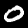
Digit: 0